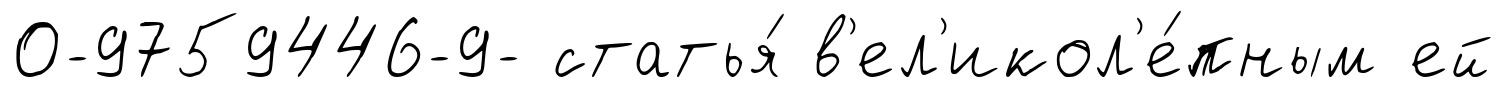
0-9759446-9- статья́ в'ел'икол'е́пным ей